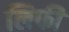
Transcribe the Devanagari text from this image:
लिफी